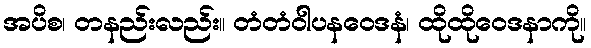
အပိစ၊ တနည်းလည်း။ တံတံဝါပနဝေဒနံ၊ ထိုထိုဝေဒနာကို။